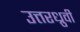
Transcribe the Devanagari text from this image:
उत्तरध्रुवी